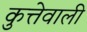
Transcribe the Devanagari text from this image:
कुत्तेवाली